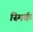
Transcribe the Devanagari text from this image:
स्मिर्क